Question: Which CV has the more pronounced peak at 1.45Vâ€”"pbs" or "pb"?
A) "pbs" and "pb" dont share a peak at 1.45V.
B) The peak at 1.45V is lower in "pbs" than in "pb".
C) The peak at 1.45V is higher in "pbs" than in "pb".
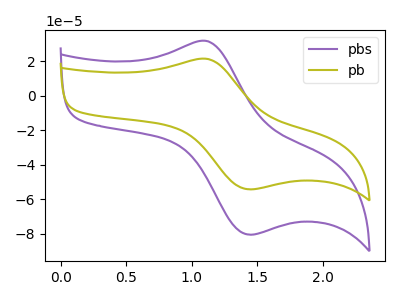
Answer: <think>The purple curve "pbs" has an anodic peak at (1.10V, 31.65uA) and a cathodic peak at (1.45V, -80.65uA). The olive curve "pb" has an anodic peak at (1.10V, 21.35uA) and a cathodic peak at (1.45V, -54.35uA).</think>
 <answer>C) The peak at 1.45V is higher in "pbs" than in "pb".</answer>
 <eval>C</eval>